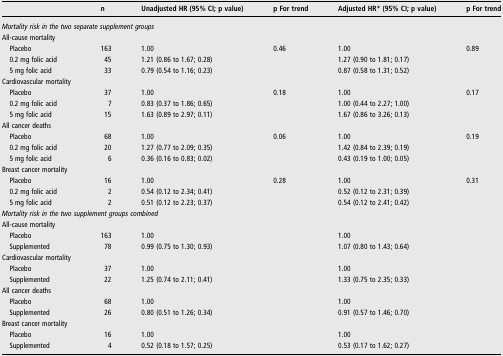
<table><thead><tr><td></td><td><b>n</b></td><td><b>Unadjusted HR (95% CI; p value)</b></td><td><b>p For trend</b></td><td><b>Adjusted HR* (95% CI; p value)</b></td><td><b>p For trend</b></td></tr></thead><tbody><tr><td colspan="6"><i>Mortality risk in the two separate supplement groups</i></td></tr><tr><td>All-cause mortality</td><td></td><td></td><td></td><td></td><td></td></tr><tr><td> Placebo</td><td>163</td><td>1.00</td><td>0.46</td><td>1.00</td><td>0.89</td></tr><tr><td> 0.2 mg folic acid</td><td>45</td><td>1.21 (0.86 to 1.67; 0.28)</td><td></td><td>1.27 (0.90 to 1.81; 0.17)</td><td></td></tr><tr><td> 5 mg folic acid</td><td>33</td><td>0.79 (0.54 to 1.16; 0.23)</td><td></td><td>0.87 (0.58 to 1.31; 0.52)</td><td></td></tr><tr><td>Cardiovascular mortality</td><td></td><td></td><td></td><td></td><td></td></tr><tr><td> Placebo</td><td>37</td><td>1.00</td><td>0.18</td><td>1.00</td><td>0.17</td></tr><tr><td> 0.2 mg folic acid</td><td>7</td><td>0.83 (0.37 to 1.86; 0.65)</td><td></td><td>1.00 (0.44 to 2.27; 1.00)</td><td></td></tr><tr><td> 5 mg folic acid</td><td>15</td><td>1.63 (0.89 to 2.97; 0.11)</td><td></td><td>1.67 (0.86 to 3.26; 0.13)</td><td></td></tr><tr><td>All cancer deaths</td><td></td><td></td><td></td><td></td><td></td></tr><tr><td> Placebo</td><td>68</td><td>1.00</td><td>0.06</td><td>1.00</td><td>0.19</td></tr><tr><td> 0.2 mg folic acid</td><td>20</td><td>1.27 (0.77 to 2.09; 0.35)</td><td></td><td>1.42 (0.84 to 2.39; 0.19)</td><td></td></tr><tr><td> 5 mg folic acid</td><td>6</td><td>0.36 (0.16 to 0.83; 0.02)</td><td></td><td>0.43 (0.19 to 1.00; 0.05)</td><td></td></tr><tr><td>Breast cancer mortality</td><td></td><td></td><td></td><td></td><td></td></tr><tr><td> Placebo</td><td>16</td><td>1.00</td><td>0.28</td><td>1.00</td><td>0.31</td></tr><tr><td> 0.2 mg folic acid</td><td>2</td><td>0.54 (0.12 to 2.34; 0.41)</td><td></td><td>0.52 (0.12 to 2.31; 0.39)</td><td></td></tr><tr><td> 5 mg folic acid</td><td>2</td><td>0.51 (0.12 to 2.23; 0.37)</td><td></td><td>0.54 (0.12 to 2.41; 0.42)</td><td></td></tr><tr><td colspan="4"><i>Mortality risk in the two supplement groups combined</i></td><td colspan="2"> </td></tr><tr><td>All-cause mortality</td><td></td><td></td><td></td><td></td><td></td></tr><tr><td> Placebo</td><td>163</td><td>1.00</td><td></td><td>1.00</td><td></td></tr><tr><td> Supplemented</td><td>78</td><td>0.99 (0.75 to 1.30; 0.93)</td><td></td><td>1.07 (0.80 to 1.43; 0.64)</td><td></td></tr><tr><td>Cardiovascular mortality</td><td></td><td></td><td></td><td></td><td></td></tr><tr><td> Placebo</td><td>37</td><td>1.00</td><td></td><td>1.00</td><td></td></tr><tr><td> Supplemented</td><td>22</td><td>1.25 (0.74 to 2.11; 0.41)</td><td></td><td>1.33 (0.75 to 2.35; 0.33)</td><td></td></tr><tr><td>All cancer deaths</td><td></td><td></td><td></td><td></td><td></td></tr><tr><td> Placebo</td><td>68</td><td>1.00</td><td></td><td>1.00</td><td></td></tr><tr><td> Supplemented</td><td>26</td><td>0.80 (0.51 to 1.26; 0.34)</td><td></td><td>0.91 (0.57 to 1.46; 0.70)</td><td></td></tr><tr><td>Breast cancer mortality</td><td></td><td></td><td></td><td></td><td></td></tr><tr><td> Placebo</td><td>16</td><td>1.00</td><td></td><td>1.00</td><td></td></tr><tr><td> Supplemented</td><td>4</td><td>0.52 (0.18 to 1.57; 0.25)</td><td></td><td>0.53 (0.17 to 1.62; 0.27)</td><td></td></tr></tbody></table>